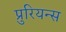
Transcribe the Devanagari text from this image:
प्रुरियन्स